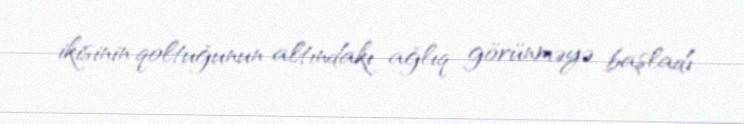
ikisinin qoltuğunun altındakı ağlıq görünməyə başladı.